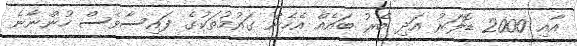
އާއި 2000 ޑޮލަރު އަދި ބޭރު ބައެއް އެހެން ގައުމުތަކުގެ ފައިސާވެސް ހުންނާނެ